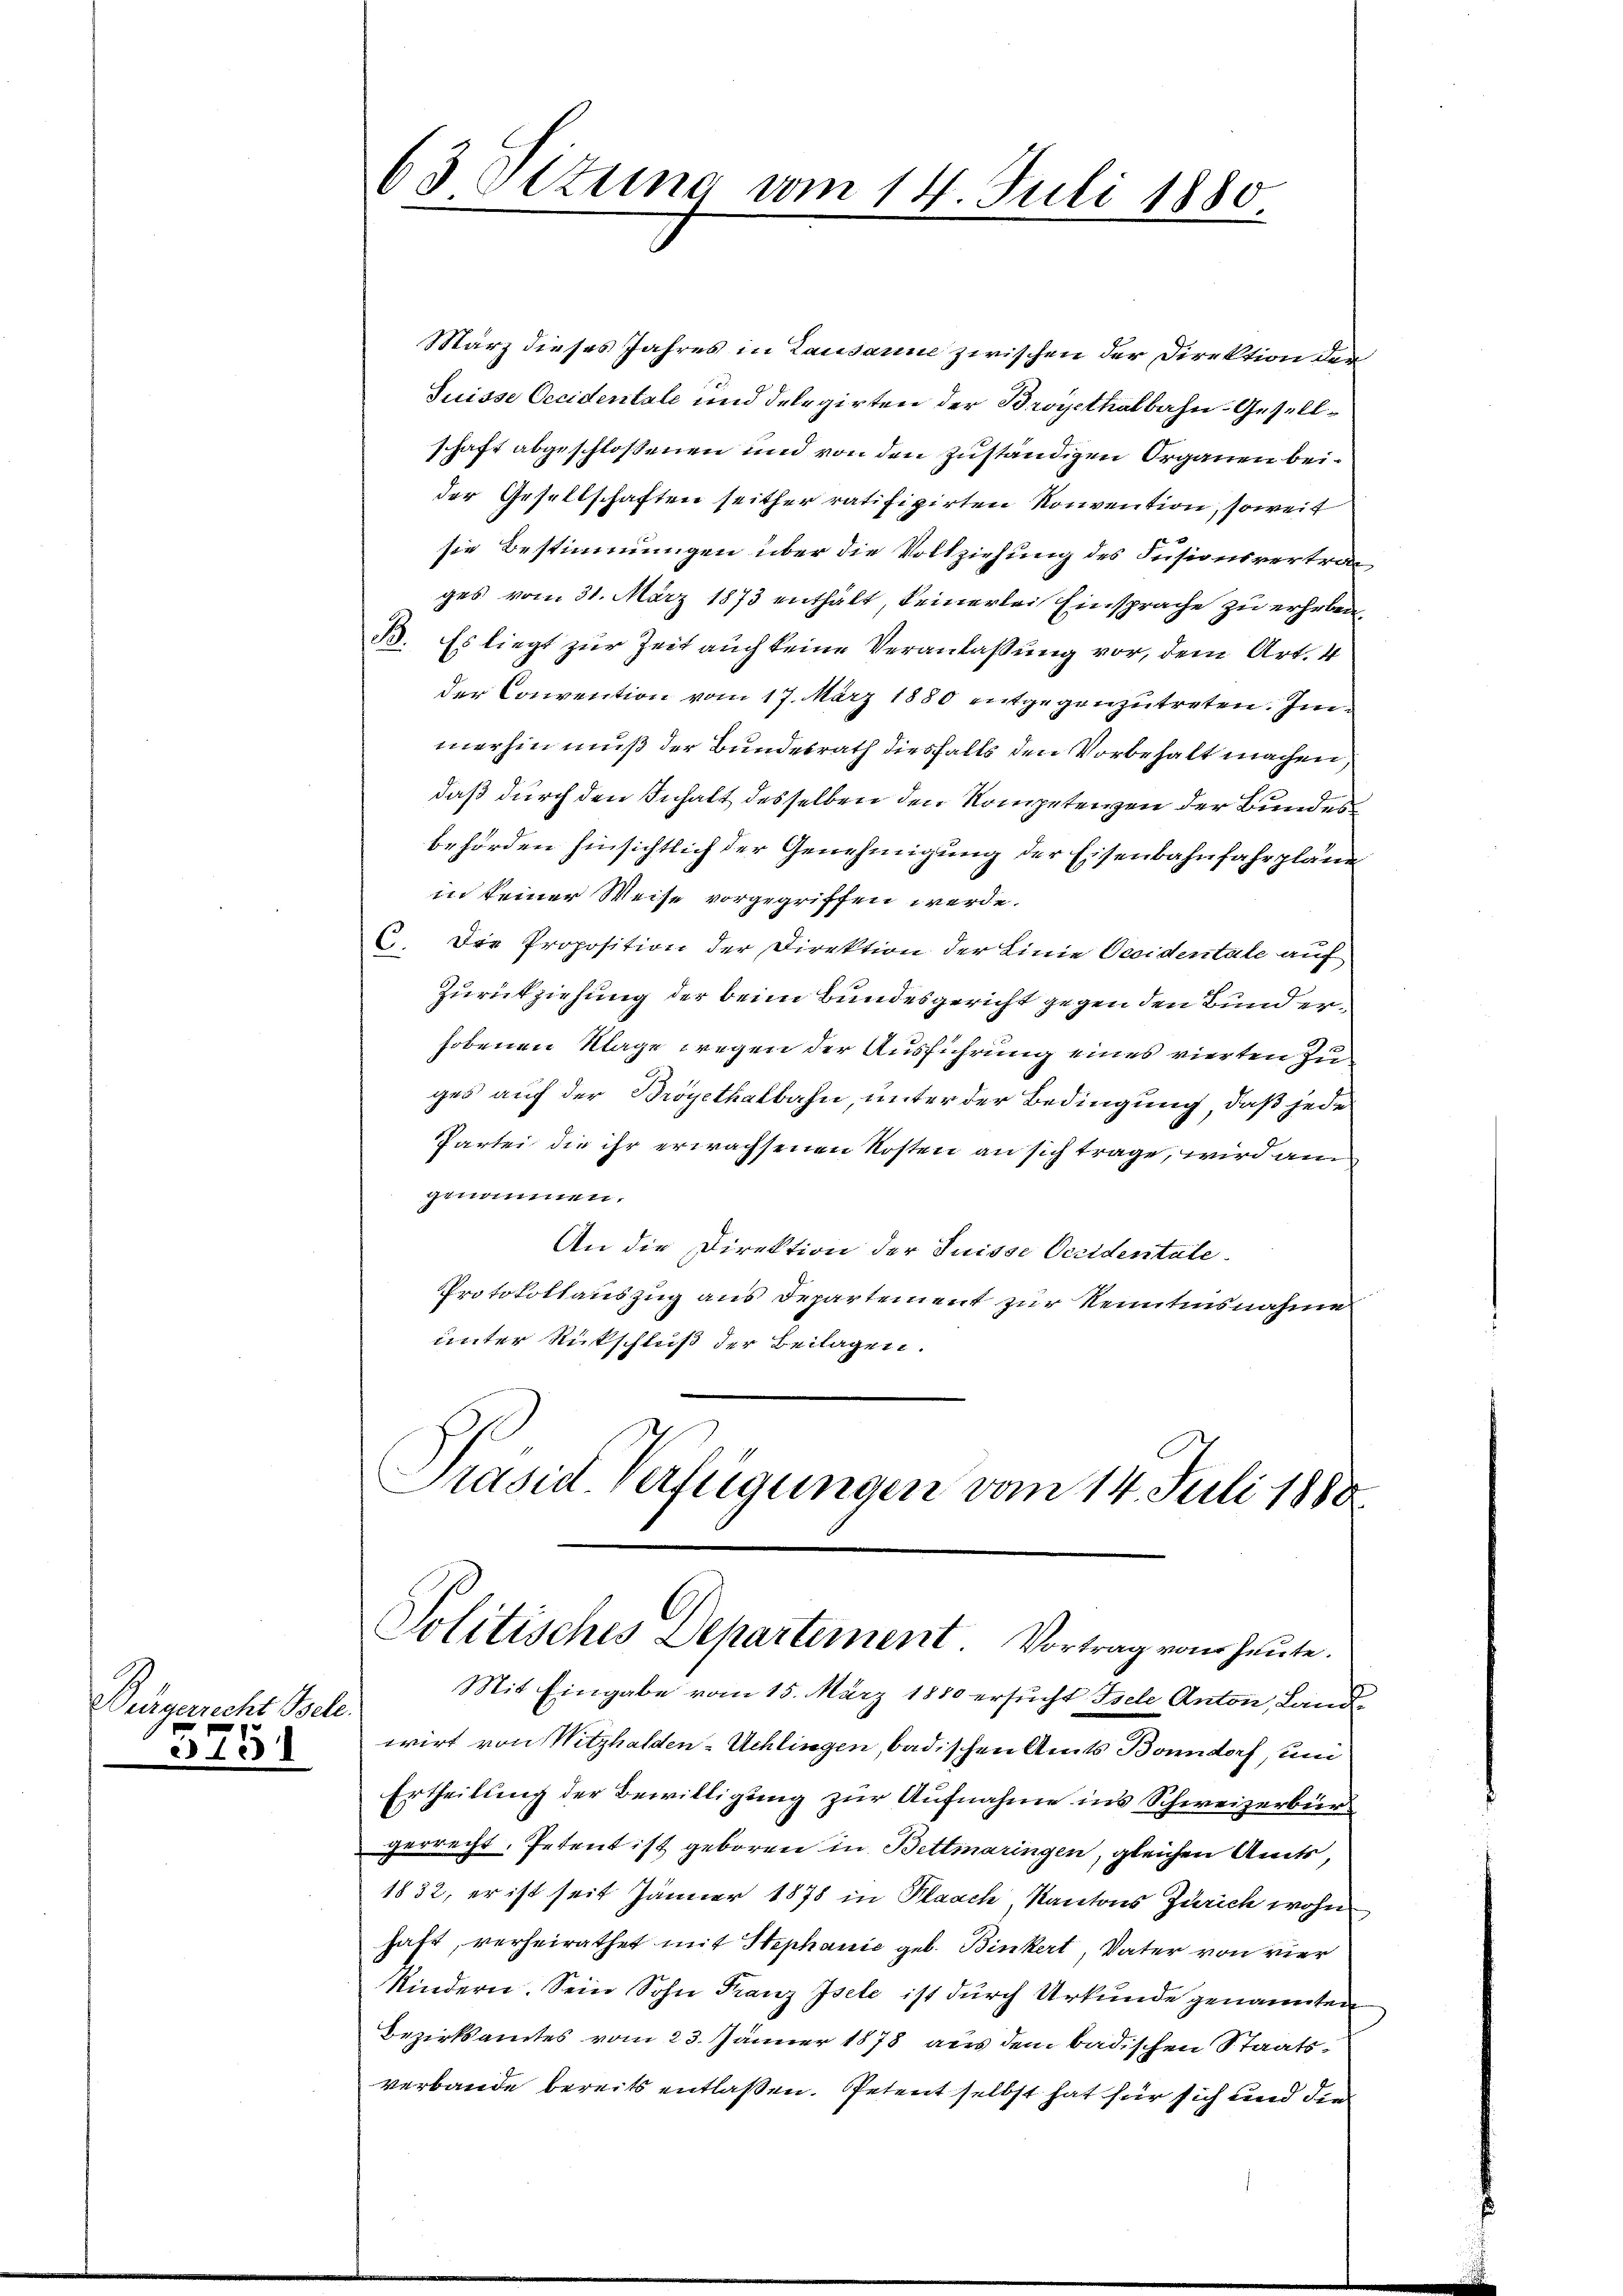
Bürgerrecht gele.

3751

63 Ottung vom 14. Juli 1880

März dieses Jahres in Lausanne zwischen der Direktion den
Suisse Occidentale und Delegirten der Broyethalbahn-Gesellschaft abgeschlossenen und von den zuständigen Organen beider Gesellschaften seither ratifizirten Konvention, soweit
sie Bestimmungen über die Vollziehung des Fusionsvertrag
ges vom 31. März 1873 enthält, keinerlei Einsprache zu erhoben,
B. Es liegt zur Zeit auch keine Veranlassung vor, dem Art. 4
der Convention vom 17. März 1880 entgegenzutreten. Immerhin muß der Bundesrath diesfalls den Vorbehalt machen,
daß durch den Inhalt desselben den Kompetenzen der Bundesbehörden hinsichtlich der Genehmigung der Eisenbahnfahrpläne
in keiner Weise vorgegriffen werde.
C. Die Proposition der Direktion der Linie Ocoidentale auf
Zurückziehung der beim Bundesgericht gegen den Bund erhobenen Klage wegen der Ausführung eines vierten Zuges auf der Brögethalbahn, unter der Bedingung, daß jede
Partei die ihr erwachsenen Kosten an sich trage, wird am
genommen.
An die Direktion der Suisse Oeridentale
Protokollauszug aus Departement zur Kenntnisnahme
unter Rückschluß der Beilagen.
Präsid. Verfügungen vom 14. Juli 1880

Politisches Departement. Vortrag von heute.

Mit Eingabe vom 15. März 1850 ersucht Isele Anton, Landwirt von Witzhalden-Schlingen, badischen Amts Bonndorf un
Ertheilung der Bewilligung zur Aufnahme ins Schweizerbürgerrecht. Petent ist geboren in Bettmaringen, gleichen Amts,
1832, er ist seit Jänner 1878 in Flaach, Kantons Zürich wohn
haft, verheirathet mit Stephanie geb. Binkert, Vater von vier
Kindern. Sein Sohn Franz Isele ist durch Urkunde genannten
Bezirksamtes vom 23. Jänner 1878 aus dem badischen Staatsverbande bereits entlaßen. Petent selbst hat für sich und die